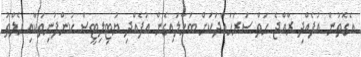
އެގޮތުން އުފެއްދި ރާއްޖެ ހަތް ސަރަހައްދަކަށް ބަހާލައިގެން އުފެއްދި ޔުޓިލިޓީސް ކުންފުނިތަކާއި ހެލްތު